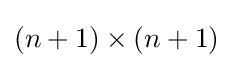
(n+1)\times (n+1)